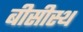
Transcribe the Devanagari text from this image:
बीसीस्थ